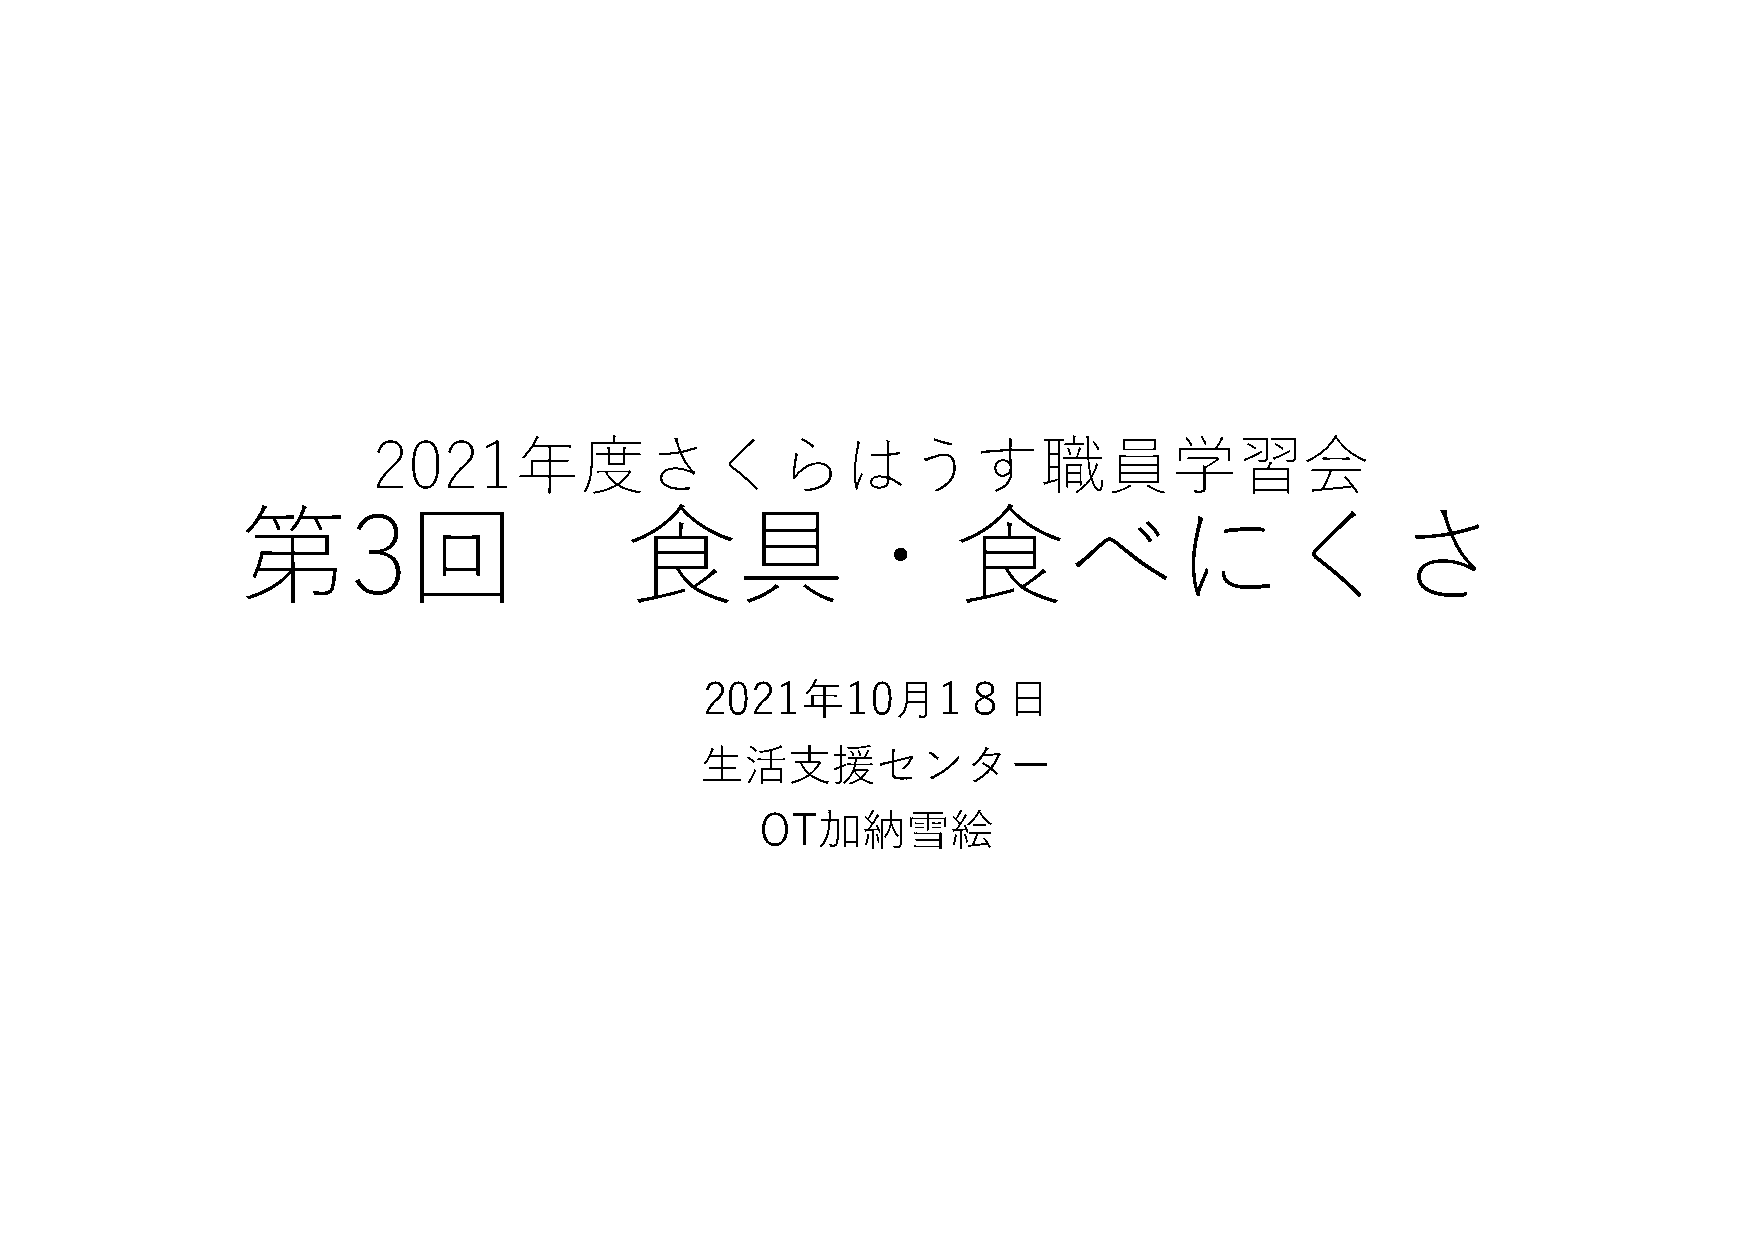
2021年度さくらはうす職員学習会
 第3回                       食具・食べにくさ
 2021年10月1８日
 生活支援センター
 OT加納雪絵